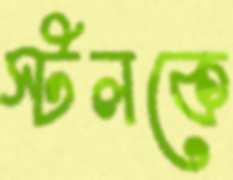
স্টলকে